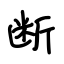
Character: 断